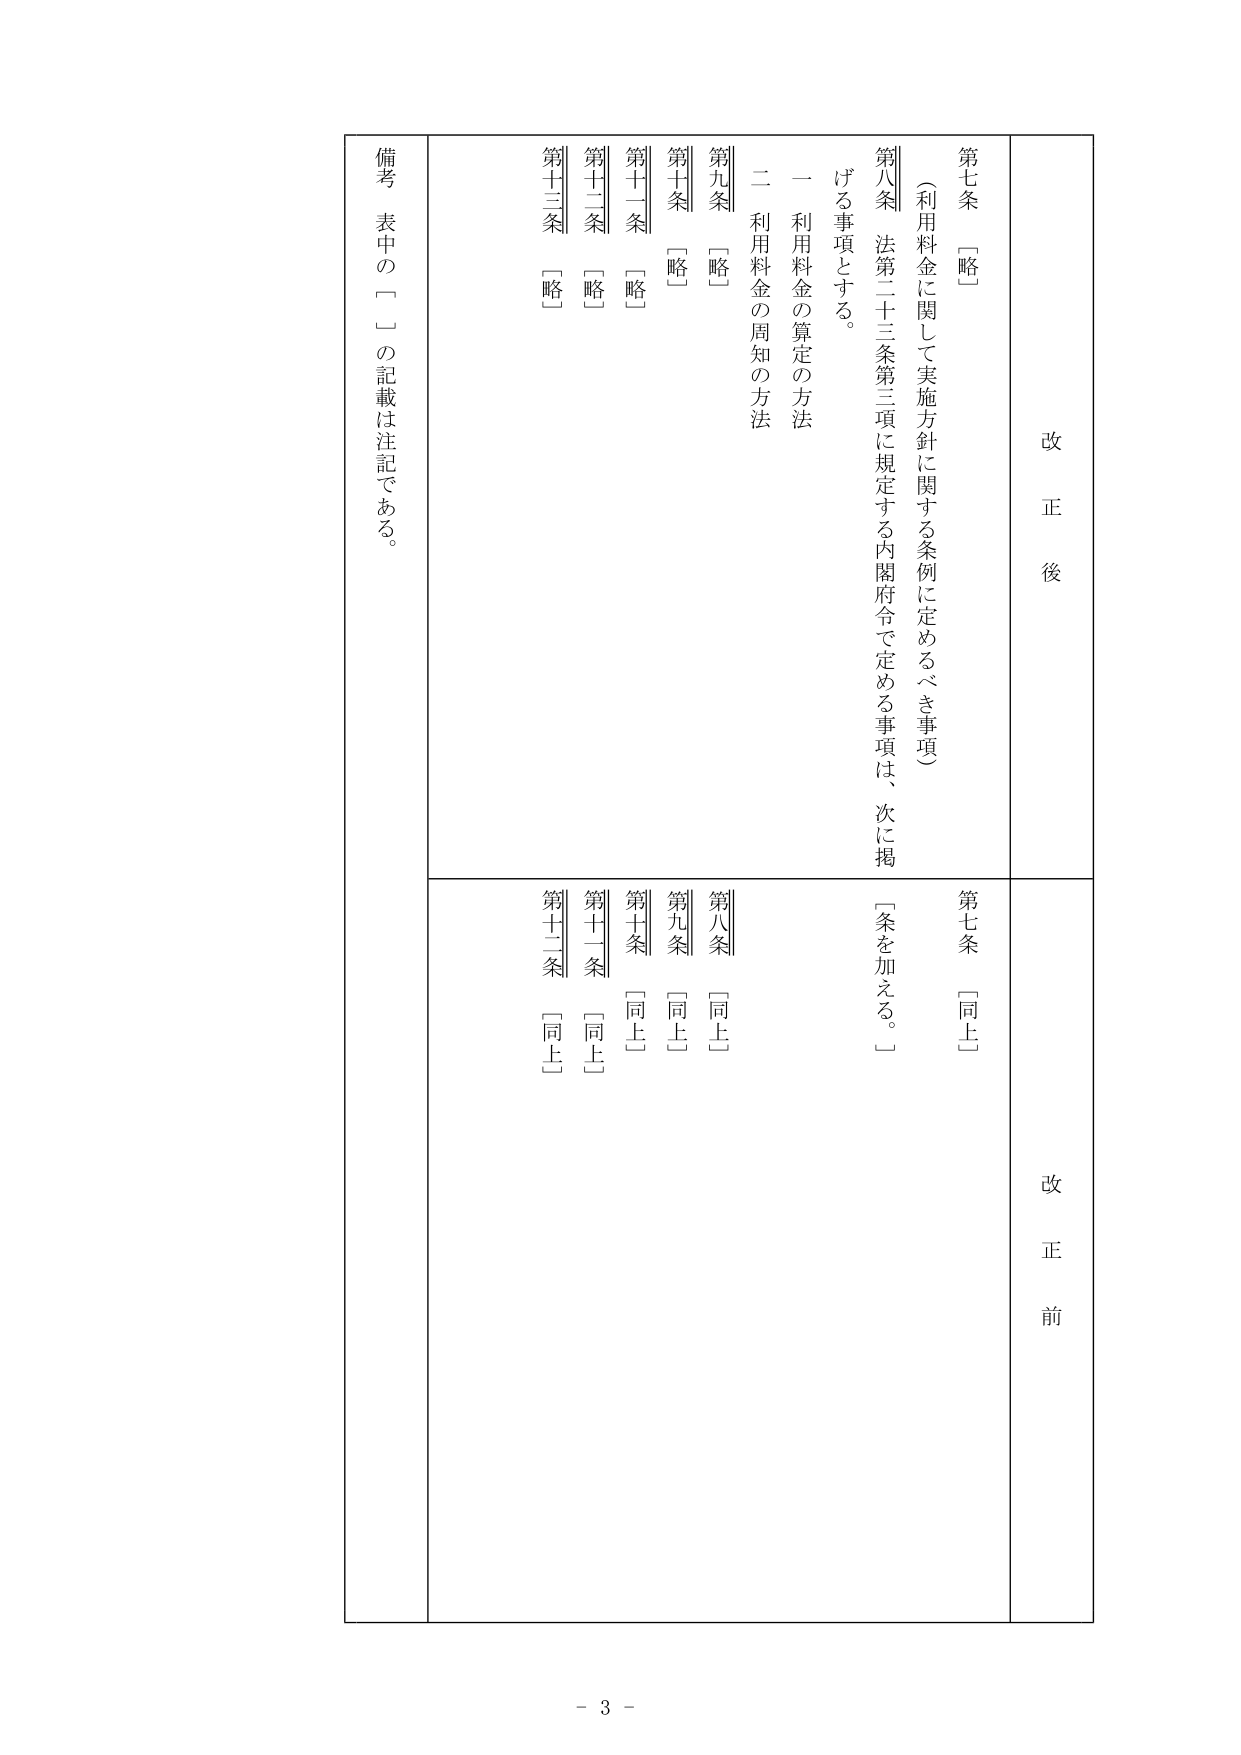
改正後
第七条　〔略〕
（利用料金に関して実施方針に関する条例に定めるべき事項）
第八条　法第二十三条第三項に規定する内閣府令で定める事項は、次に掲げる事項とする。
一　利用料金の算定の方法
二　利用料金の周知の方法
第九条　〔略〕
第十条　〔略〕
第十一条　〔略〕
第十二条　〔略〕
第十三条　〔略〕

改正前
第七条　〔同上〕
第八条　〔同上〕
第九条　〔同上〕
第十条　〔同上〕
第十一条　〔同上〕
第十二条　〔同上〕

備考　表中の「□」の記載は注記である。

- 3 -